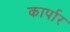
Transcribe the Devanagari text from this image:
कार्पार